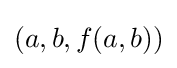
(a,b,f(a,b))